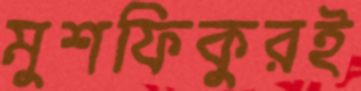
মুশফিকুরই